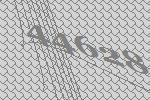
44628